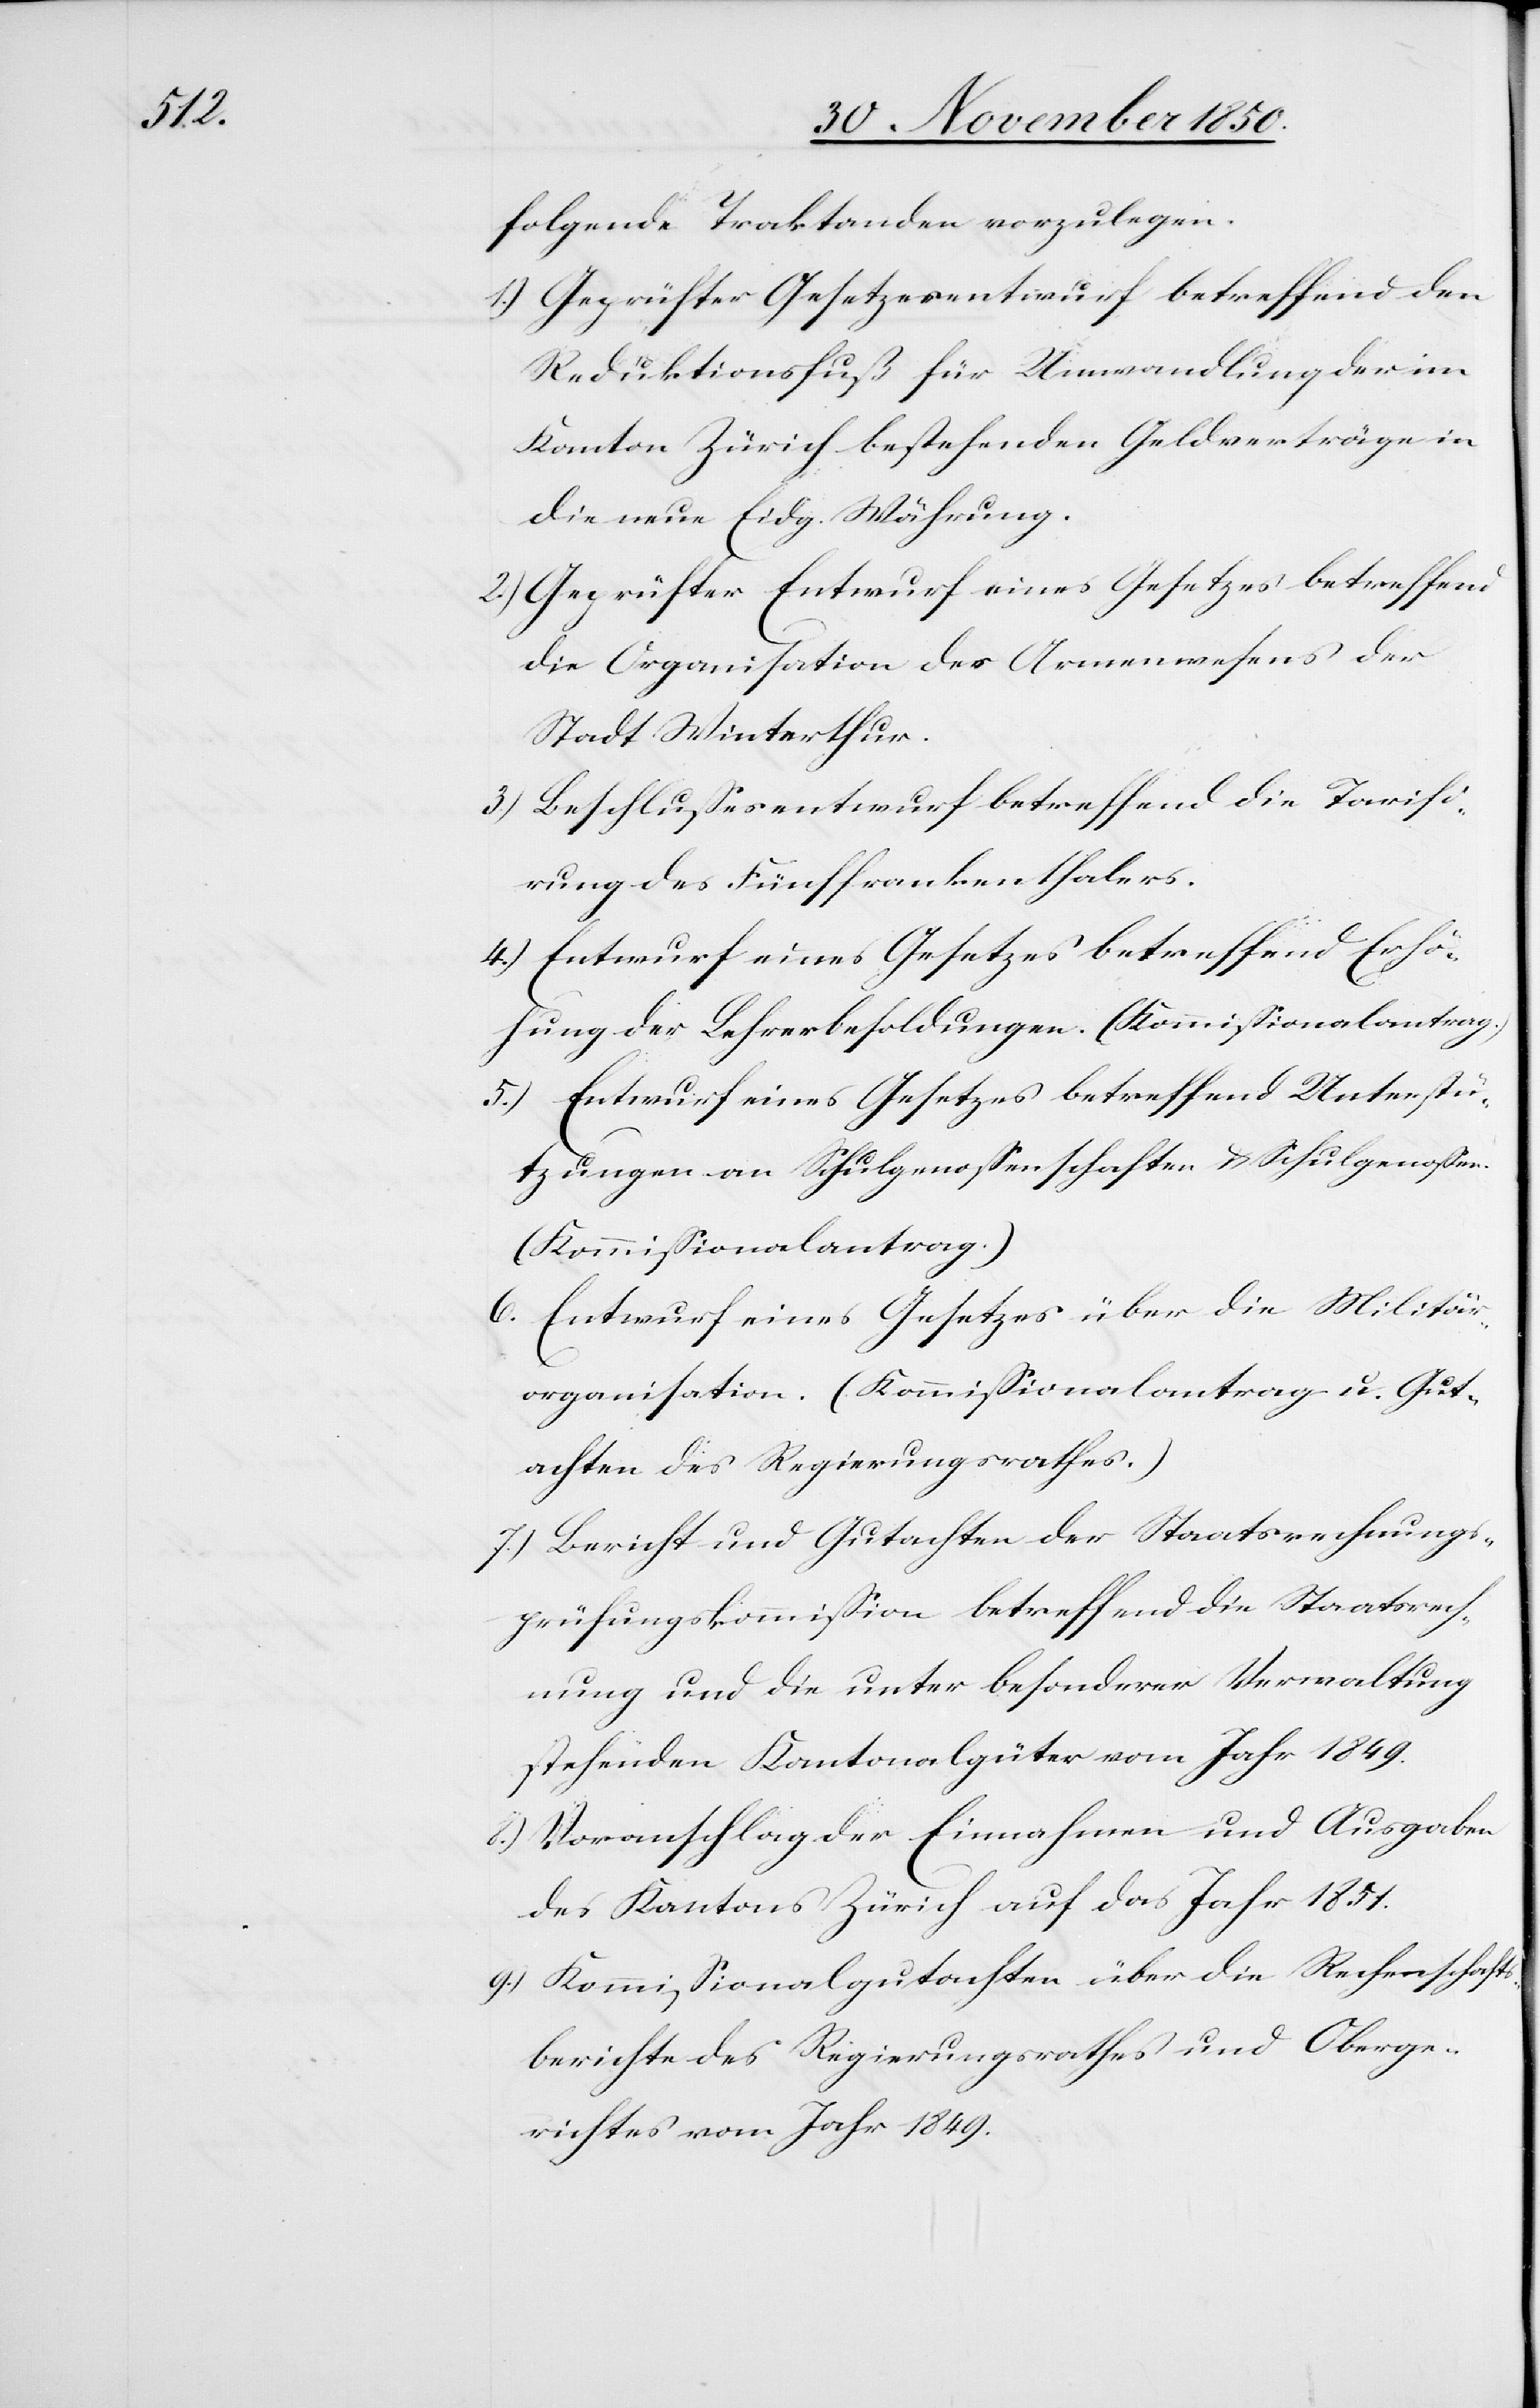
folgende Traktanden vorzulegen.
1.) Geprüfter Gesetzesentwurf betreffend den
Reduktionsfuß für Umwandlung der im
Kanton Zürich bestehenden Geldverträge in
die neue Eidg. Währung.
2.) Geprüfter Entwurf eines Gesetzes betreffend
die Organisation des Armenwesens der
Stadt Winterthur.
3.) Beschlussesentwurf betreffend die Tarifi¬
rung des Fünffrankenthalers.
4.) Entwurf eines Gesetzes betreffend Erhö¬
hung der Lehrerbesoldungen. (Kommissionalantrag.)
5.) Entwurf eines Gesetzes betreffend Unterstü¬
tzungen an Schulgenossenschaften u. Schulgenossen.
(Kommissionalantrag.)
6. Entwurf eines Gesetzes über die Militär¬
organisation. (Kommissionalantrag u. Gut¬
achten des Regierungsrathes.)
7.) Bericht und Gutachten der Staatsrechnungs¬
prüfungskommission betreffend die Staatsrech¬
nung und die unter besonderer Verwaltung
stehenden Kantonalgüter vom Jahr 1849.
8.) Voranschlag der Einnahmen und Ausgaben
des Kantons Zürich auf das Jahr 1851.
9.) Kommissionalgutachten über die Rechenschafts¬
berichte des Regierungsrathes und Oberge¬
richtes vom Jahr 1849.